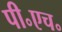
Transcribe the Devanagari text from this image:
पी॰एच॰